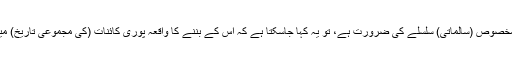
یعنی اگر زندگی کے لئے کسی مخصوص (سالماتی) سلسلے کی ضرورت ہے، تو یہ کہا جاسکتا ہے کہ اس کے بننے کا واقعہ پوری کائنات (کی مجموعی تاریخ) میں صرف ایک مرتبہ ہی ہوا ہوگا۔